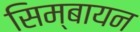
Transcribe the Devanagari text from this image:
सिम्बायन